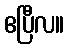
ဧပြီလ။